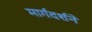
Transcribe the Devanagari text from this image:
मार्गदर्शने